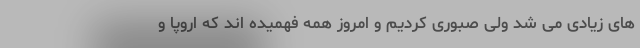
های زیادی می شد ولی صبوری کردیم و امروز همه فهمیده اند که اروپا و